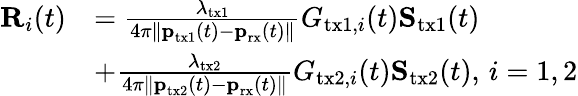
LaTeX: \begin{array}{rl}{\textbf{R}_{i}(t)}&{=\frac{\lambda_{\textrm{tx1}}}{4\pi\| \textbf{p}_{\textrm{tx1}}(t)-\textbf{p}_{\textrm{rx}}(t)\| }G_{\textrm{tx1},i}(t)\textbf{S}_{\textrm{tx1}}(t)}\\ &{+\frac{\lambda_{\textrm{tx2}}}{4\pi\| \textbf{p}_{\textrm{tx2}}(t)-\textbf{p}_{\textrm{rx}}(t)\| }G_{\textrm{tx2},i}(t)\textbf{S}_{\textrm{tx2}}(t),\, i=1,2}\end{array}